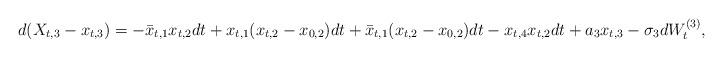
LaTeX: \begin{align*}d(X_{t,3} - x_{t,3}) = -\bar{x}_{t,1}x_{t,2}dt + x_{t,1}(x_{t,2} - x_{0,2})dt + \bar{x}_{t,1}(x_{t,2} - x_{0,2})dt - x_{t,4}x_{t,2}dt + a_3 x_{t,3} - \sigma_3 dW_t^{(3)},\end{align*}